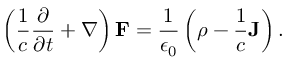
\left( { \frac { 1 } { c } } { \frac { \partial } { \partial t } } + { \boldsymbol { \nabla } } \right) \mathbf { F } = { \frac { 1 } { \epsilon _ { 0 } } } \left( \rho - { \frac { 1 } { c } } \mathbf { J } \right) .